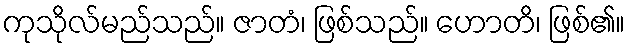
ကုသိုလ်မည်သည်။ ဇာတံ၊ ဖြစ်သည်။ ဟောတိ၊ ဖြစ်၏။